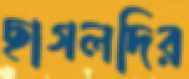
ছাগলদির